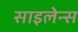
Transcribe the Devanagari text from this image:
साइलेन्स